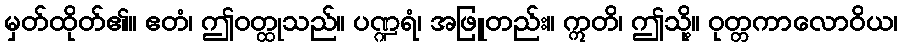
မှတ်ထိုတ်၏။ ဧတံ၊ ဤဝတ္ထုသည်။ ပဏ္ဍရံ၊ အဖြူတည်း။ ဣတိ၊ ဤသို့။ ဝုတ္တကာလောဝိယ၊